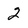
Character: 2